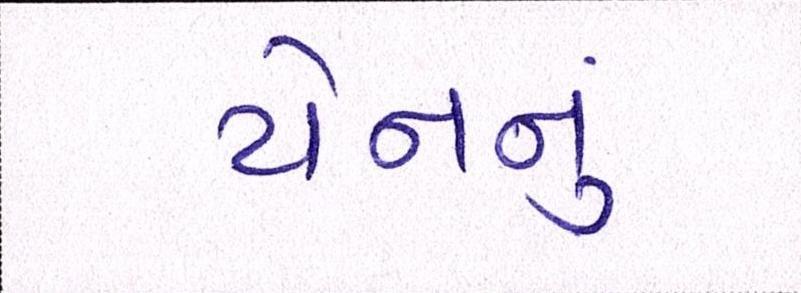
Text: યેનનું